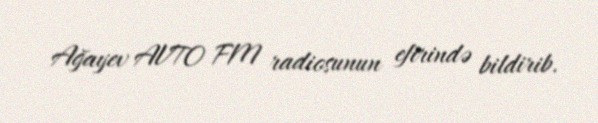
Ağayev AVTO FM radiosunun efirində bildirib.